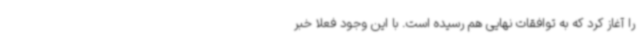
را آغاز کرد که به توافقات نهایی هم رسیده است. با این وجود فعلا خبر